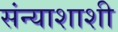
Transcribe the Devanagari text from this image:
संन्याशाशी